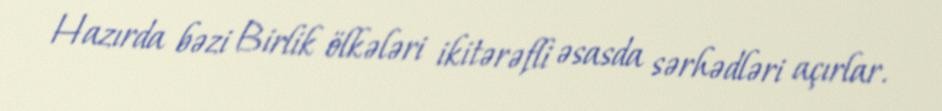
Hazırda bəzi Birlik ölkələri ikitərəfli əsasda sərhədləri açırlar.